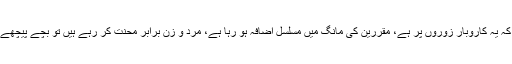
آج کل چوں کہ یہ کاروبار زوروں پر ہے، مقررین کی مانگ میں مسلسل اضافہ ہو رہا ہے، مرد و زن برابر محنت کر رہے ہیں تو بچے پیچھے کیوں رہیں۔